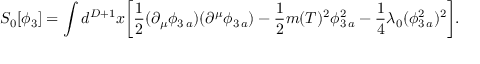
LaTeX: S _ { 0 } [ \phi _ { 3 } ] = \int d ^ { D + 1 } x \biggl [ \frac { 1 } { 2 } ( \partial _ { \mu } \phi _ { 3 \, a } ) ( \partial ^ { \mu } \phi _ { 3 \, a } ) - \frac { 1 } { 2 } m ( T ) ^ { 2 } \phi _ { 3 \, a } ^ { 2 } - \frac { 1 } { 4 } \lambda _ { 0 } ( \phi _ { 3 \, a } ^ { 2 } ) ^ { 2 } \biggr ] .